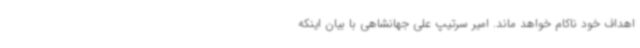
اهداف خود ناکام خواهد ماند. امیر سرتیپ علی جهانشاهی با بیان اینکه